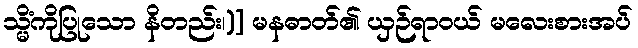
သ္မိံကိုပြုသော နိတည်း၊)] မနဓာတ်၏ ယှဉ်ရာဝယ် မလေးစားအပ်